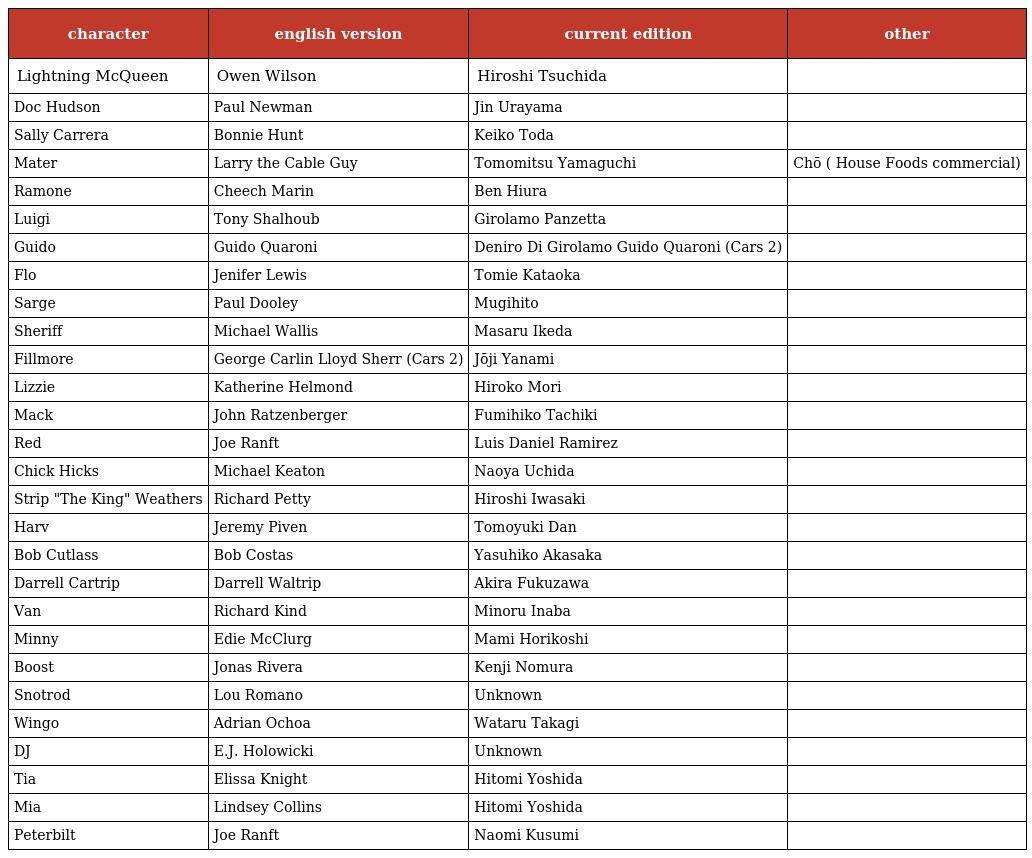
| character | english version | current edition | other |
 | --- | --- | --- | --- |
 | Lightning McQueen | Owen Wilson | Hiroshi Tsuchida |  |
 | Doc Hudson | Paul Newman | Jin Urayama |  |
 | Sally Carrera | Bonnie Hunt | Keiko Toda |  |
 | Mater | Larry the Cable Guy | Tomomitsu Yamaguchi | Chō ( House Foods commercial) |
 | Ramone | Cheech Marin | Ben Hiura |  |
 | Luigi | Tony Shalhoub | Girolamo Panzetta |  |
 | Guido | Guido Quaroni | Deniro Di Girolamo Guido Quaroni (Cars 2) |  |
 | Flo | Jenifer Lewis | Tomie Kataoka |  |
 | Sarge | Paul Dooley | Mugihito |  |
 | Sheriff | Michael Wallis | Masaru Ikeda |  |
 | Fillmore | George Carlin Lloyd Sherr (Cars 2) | Jōji Yanami |  |
 | Lizzie | Katherine Helmond | Hiroko Mori |  |
 | Mack | John Ratzenberger | Fumihiko Tachiki |  |
 | Red | Joe Ranft | Luis Daniel Ramirez |  |
 | Chick Hicks | Michael Keaton | Naoya Uchida |  |
 | Strip "The King" Weathers | Richard Petty | Hiroshi Iwasaki |  |
 | Harv | Jeremy Piven | Tomoyuki Dan |  |
 | Bob Cutlass | Bob Costas | Yasuhiko Akasaka |  |
 | Darrell Cartrip | Darrell Waltrip | Akira Fukuzawa |  |
 | Van | Richard Kind | Minoru Inaba |  |
 | Minny | Edie McClurg | Mami Horikoshi |  |
 | Boost | Jonas Rivera | Kenji Nomura |  |
 | Snotrod | Lou Romano | Unknown |  |
 | Wingo | Adrian Ochoa | Wataru Takagi |  |
 | DJ | E.J. Holowicki | Unknown |  |
 | Tia | Elissa Knight | Hitomi Yoshida |  |
 | Mia | Lindsey Collins | Hitomi Yoshida |  |
 | Peterbilt | Joe Ranft | Naomi Kusumi |  |